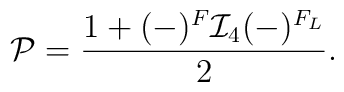
{\cal P} = \frac{1 + (-)^F {\cal I}_4 (-)^{F_L}}{2}.